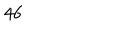
4 6